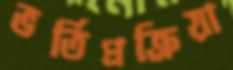
ভর্তিপ্রক্রিয়া